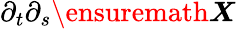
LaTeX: \partial_{t}\partial_{s}{\ensuremath\boldsymbol{X}}